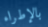
بالإطراء